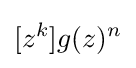
[z^{k}]g(z)^{n}